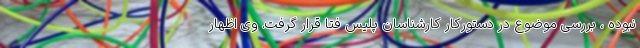
نبوده ، بررسی موضوع در دستورکار کارشناسان پلیس فتا قرار گرفت. وی اظهار